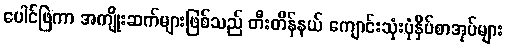
ပေါင်ဖြဲကာ အကျိုးဆက်များဖြစ်သည် တီးတိန်နယ် ကျောင်းသုံးပုံနှိပ်စာအုပ်များ